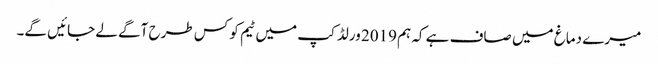
میرے دماغ میں صاف ہے کہ ہم 2019 ورلڈ کپ میں ٹیم کو کس طرح آگے لے جائیں گے۔